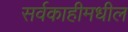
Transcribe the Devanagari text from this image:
सर्वकाहीमधील